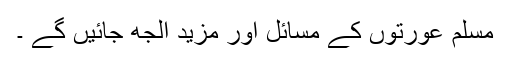
مسلم عورتوں کے مسائل اور مزید الجھ جائیں گے ۔